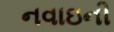
નવાઇની